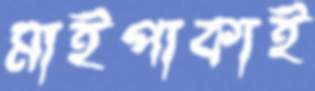
মাইপাকাই